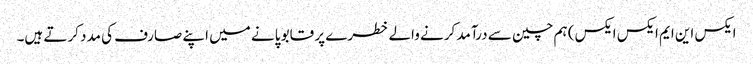
ایکس این ایم ایکس ایکس) ہم چین سے درآمد کرنے والے خطرے پر قابو پانے میں اپنے صارف کی مدد کرتے ہیں۔